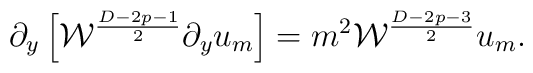
\partial_y\left[{\cal W}^{{D-2p-1}\over 2}\partial_yu_m\right]=m^2{\cal W}^{{D-2p-3}\over 2}u_m.